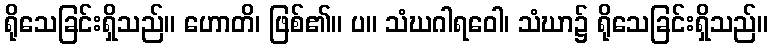
ရိုသေခြင်းရှိသည်။ ဟောတိ၊ ဖြစ်၏။ ပ။ သံဃဂါရဝေါ၊ သံဃာ၌ ရိုသေခြင်းရှိသည်။